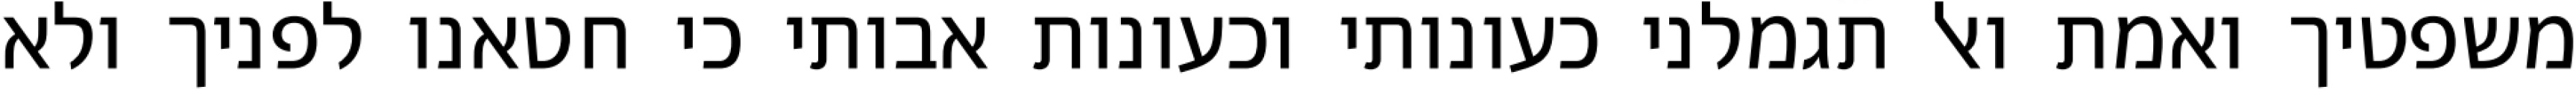
משפטיך ואמת ואל תגמלני כעונותי וכעונות אבותי כי חטאנו לפניך ולא